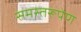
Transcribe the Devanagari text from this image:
समस्तरूपेण